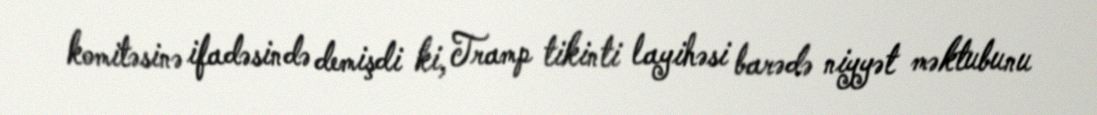
komitəsinə ifadəsində demişdi ki, Tramp tikinti layihəsi barədə niyyət məktubunu